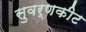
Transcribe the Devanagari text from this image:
सुवर्णकीट